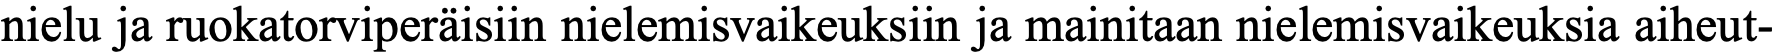
nielu ja ruokatorviperäisiin nielemisvaikeuksiin ja mainitaan nielemisvaikeuksia aiheut-